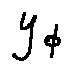
y _ { \phi }